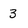
Character: 3